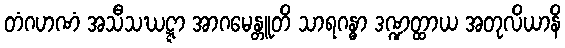
တံဂဟဏံ အသီသဃဋ္ဋာ အာဂမေန္တူတိ သာရဂန္ဓာ ဒဏ္ဍတ္ထာယ အတုလိယာနိ